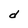
Character: d